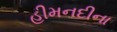
હીમનદીના